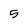
Character: 5